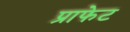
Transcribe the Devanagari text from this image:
प्राफेट